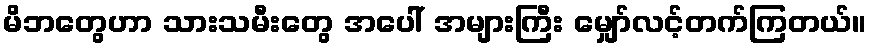
မိဘတွေဟာ သားသမီးတွေ အပေါ် အများကြီး မျှော်လင့်တက်ကြတယ်။